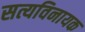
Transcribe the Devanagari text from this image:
सत्यविनायक